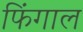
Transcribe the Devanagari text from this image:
फिंगाल